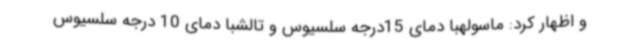
و اظهار کرد: ماسولهبا دمای 15درجه سلسیوس و تالشبا دمای 10 درجه سلسیوس